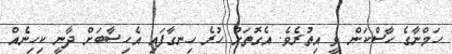
ހަމްނާގެ ހާސްކަން ވީ އިތުރެވެ. އެގޮތަށް ހުރެ ހިނގާފައި އެހިސާބަށް ދާނީ ކިހިނެއް